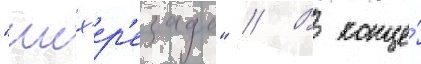
"шех'ер'езада" // В конце́